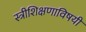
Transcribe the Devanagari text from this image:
स्त्रीशिक्षणाविषयी